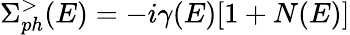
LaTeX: \Sigma_{ph}^{>}(E)=-i\gamma(E)[1+N(E)]